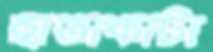
হাতাকাটা